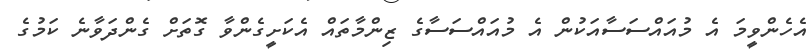
އެހެންވީމަ އެ މުއައްސަސާއަކުން އެ މުއައްސަސާގެ ޒިންމާތައް އެކަށީގެންވާ ގޮތަށް ގެންދަވާނެ ކަމުގެ